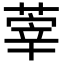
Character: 䔂